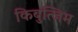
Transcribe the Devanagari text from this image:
किबुत्जिम